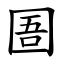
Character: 圄